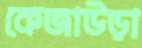
কেজাউড়া